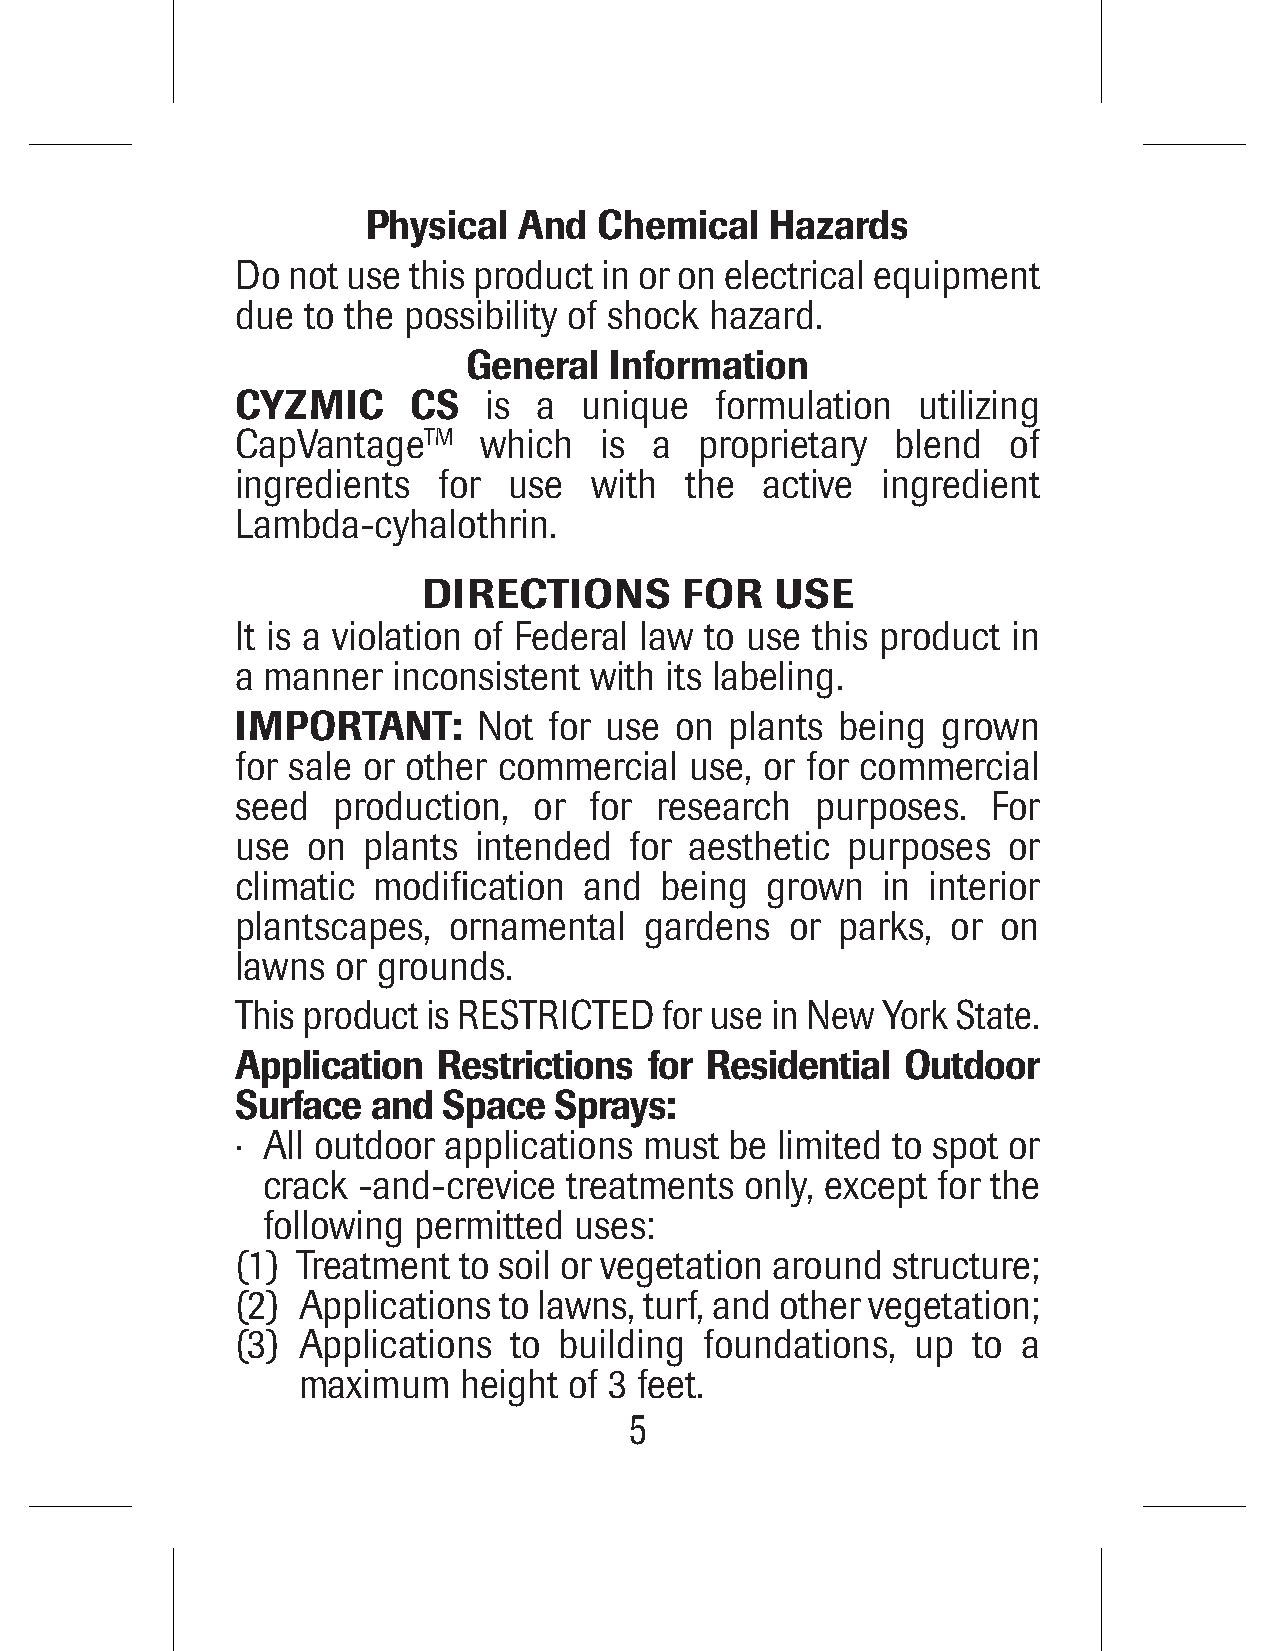
Physical  And   Chemical   Hazards
 Do not use this product in or on electrical equipment
 due to the possibility of shock hazard.
 General  Information
 CYZMIC     CS   is  a unique   formulation   utilizing
 CapVantageTM    which   is a  proprietary  blend   of
 ingredients  for  use  with  the   active ingredient
 Lambda-cyhalothrin.
 DIRECTIONS       FOR   USE
 It is a violation of Federal law to use this product in
 a manner  inconsistent with its labeling.
 IMPORTANT:      Not for use  on plants  being grown
 for sale or other commercial  use, or for commercial
 seed  production,  or  for research   purposes.   For
 use on  plants  intended  for aesthetic purposes   or
 climatic modification  and  being  grown  in  interior
 plantscapes,  ornamental   gardens  or  parks, or on
 lawns or grounds.
 This product is RESTRICTED  for use in New York State.
 Application  Restrictions  for Residential  Outdoor
 Surface  and Space   Sprays:
 · All outdoor applications must be limited to spot or
 crack  -and-crevice  treatments only, except for the
 following permitted  uses:
 (1) Treatment to soil or vegetation around structure;
 (2) Applications to lawns, turf, and other vegetation;
 (3) Applications  to building  foundations,  up to  a
 maximum   height  of 3 feet.
 5